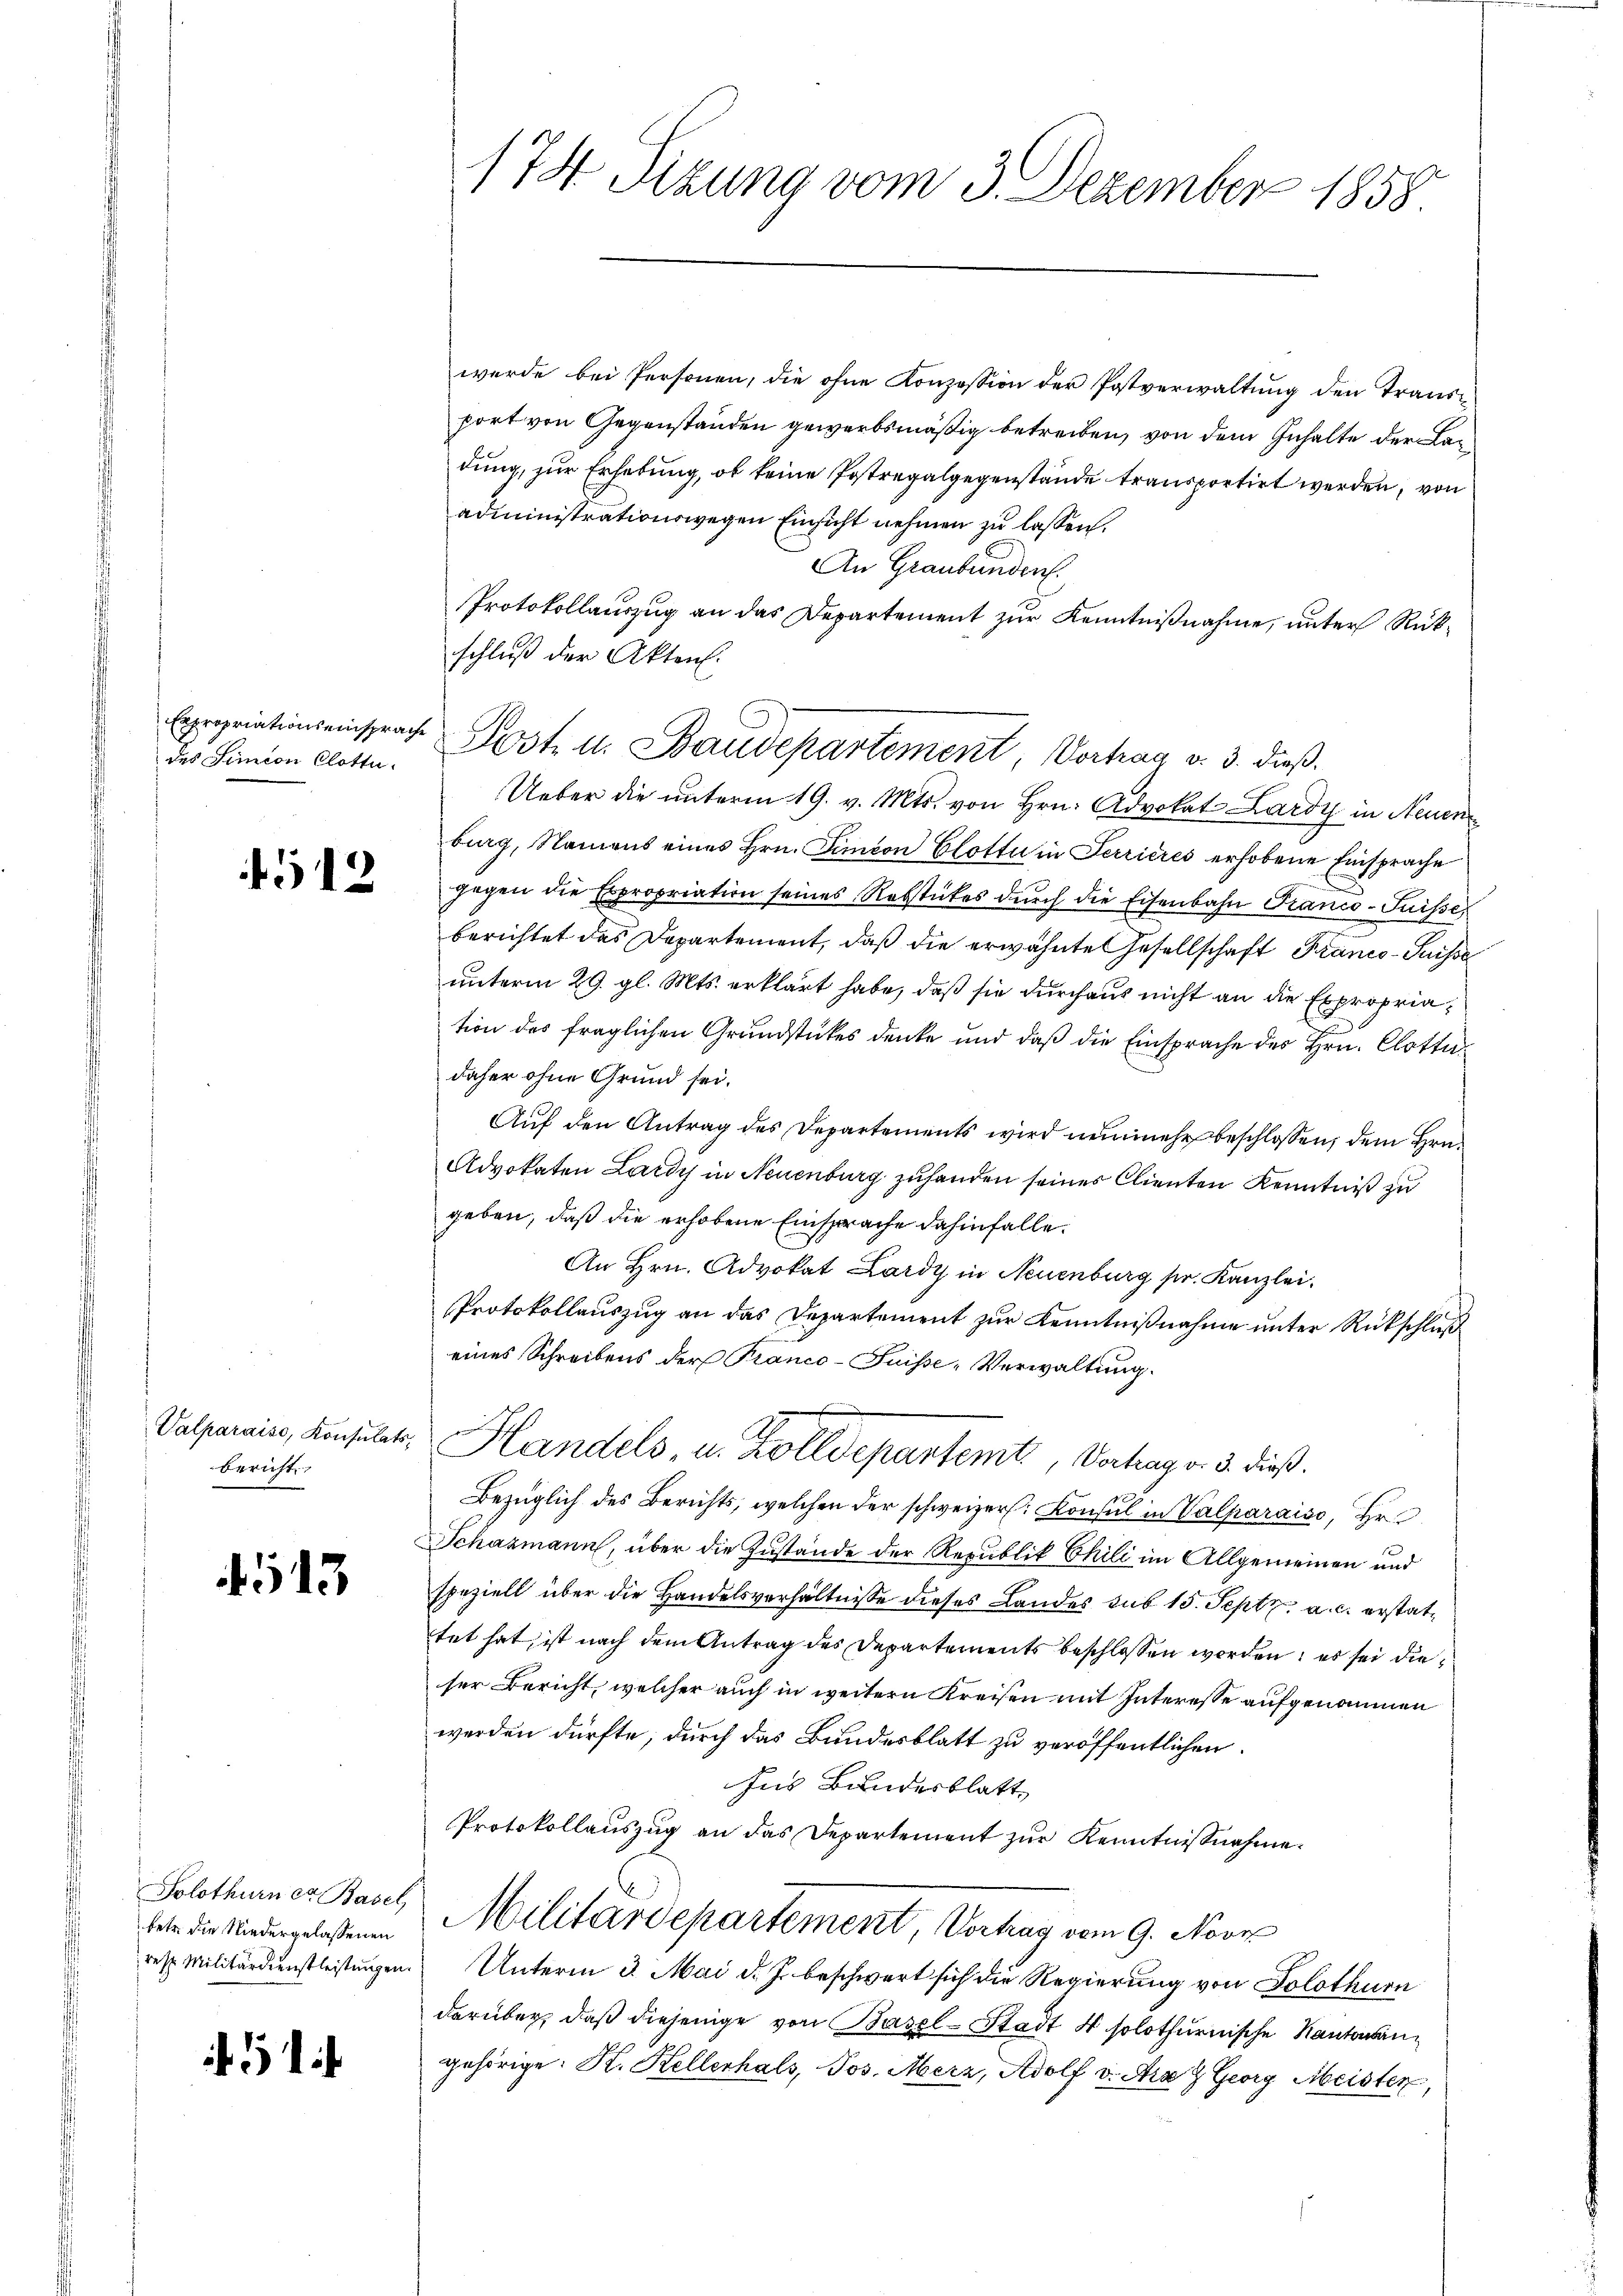
Expropriationseinsprache
des Simeon Clotte.

4912

Valparais, Konsulats,
bericht

4513

Solothurner Basel
betr. die Niedergelassenen
resp. Militärdienstleistungen.

174 Sizung vom 3. Dezember 1858

wurde bei Personen, die ohne Konzession der Postverwaltung den Transport von Gegenständen gewerbsmäßig betreiben, von dem Inhalte der Ladung, zur Erhebung, ob keine Postregalgegenstände transportirt werden, von
administrationswegen Einsicht nehmen zu lassen.
An Graubünden.
Protokollauszug an das Departement zur Kenntnißnahme, unter Rückschluß der Akten.
Ueber die unterm 19. v. Mts. von Hrn. Advokat Lardy in Neuen
burg, Namens eines Hrn. Simeon Clotte in Terrieres erhobene Einsprache
gegen die Expropriation seines Rebstückes dŭrch die Eisenbahn Franco-Puisse,
berichtet des Departement, daß die erwähnte Gesellschaft Franco-Puisse
unterm 29. gl. Mts. erklärt habe, daß sie durchaus nicht an die Expropriation des fraglichen Grundstückes denke und daß die Einsprache des Hrn. Clottadaher ohne Grund sei.
Auf den Antrag des Departements wird nunmehr beschlossen, dem Hrn.
Advokaten Lardy in Neuenburg zuhanden seines Clienten Kenntniß zu
geben, daß die erhobene Einsprache dahinfalle.
An Hrn. Advokat Lardy in Neuenburg sr. Kanzlei.
Protokollauszug an das Departement zur Kenntnißnahme unter Rückschluß
eines Schreibens der Franco-Fuisse-Verwaltung.
Handels, u. Kolldepartemt, Verhag v. 3. dieß.
Bezüglich des Berichts, welchen der schweizer. Konsul in Valparaiso, Hr.
Schazmann, über die Zustände der Republik Chili im Allgemeinen und
speziell über die Handelsverhältnisse dieses Landes sub 15. Sept. a. c. erstattet hat, ist nach dem Antrag des Departements beschlossen worden, es sei dieser Bericht, welcher auch in weitern Kreisen mit Interesse aufgenommen
werden dürfte; durch das Bundesblatt zu veröffentlichen
zus Bundesblatt
Protokollauszug an das Departement zur Kenntnißnahme
Militärdepartement, Vortrag vom 9. Nove
Unterm 3. Mai d. J. beschwert sich die Regierung von Solothurn
darüber, daß diejenige von Basel-Stadt 4 solothurnische Kantonsangehörige. K. Hellerhals, Jos. Merz, Adolf v. Ara  Georg Meisten

Post- u. Baudepartement, Vorhag v. 3. dieß.